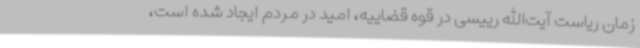
زمان ریاست آیت‌الله رییسی در قوه قضاییه، امید در مردم ایجاد شده است،